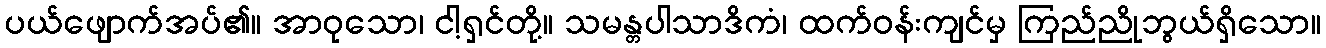
ပယ်ဖျောက်အပ်၏။ အာဝုသော၊ ငါ့ရှင်တို့။ သမန္တပါသာဒိကံ၊ ထက်ဝန်းကျင်မှ ကြည်ညိုဘွယ်ရှိသော။